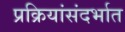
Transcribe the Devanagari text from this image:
प्रक्रियांसंदर्भात